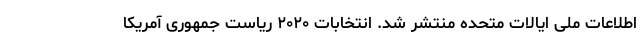
اطلاعات ملی ایالات متحده منتشر شد. انتخابات ۲۰۲۰ ریاست جمهوری آمریکا